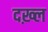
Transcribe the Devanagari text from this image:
दख़्ल